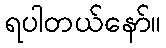
ရပါတယ်နော်။